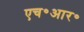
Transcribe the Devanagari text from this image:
एच॰आर॰